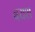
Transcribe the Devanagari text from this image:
वयश